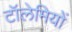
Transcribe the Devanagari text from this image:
टॉलेमियों